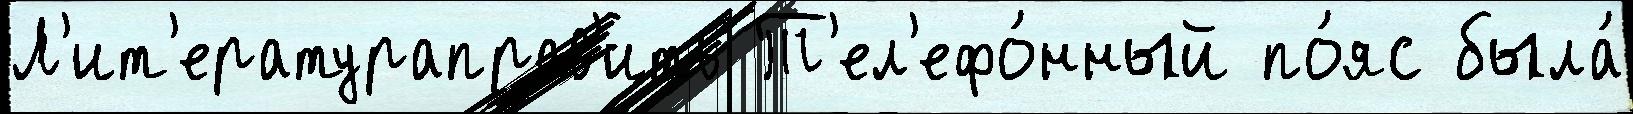
Л'ит'ератураправ'ить Т'ел'ефо́нный по́яс была́